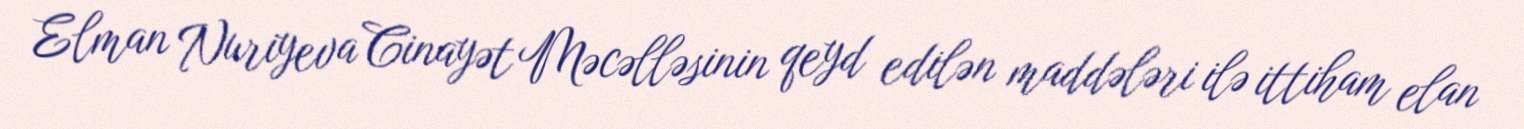
Elman Nuriyeva Cinayət Məcəlləsinin qeyd edilən maddələri ilə ittiham elan